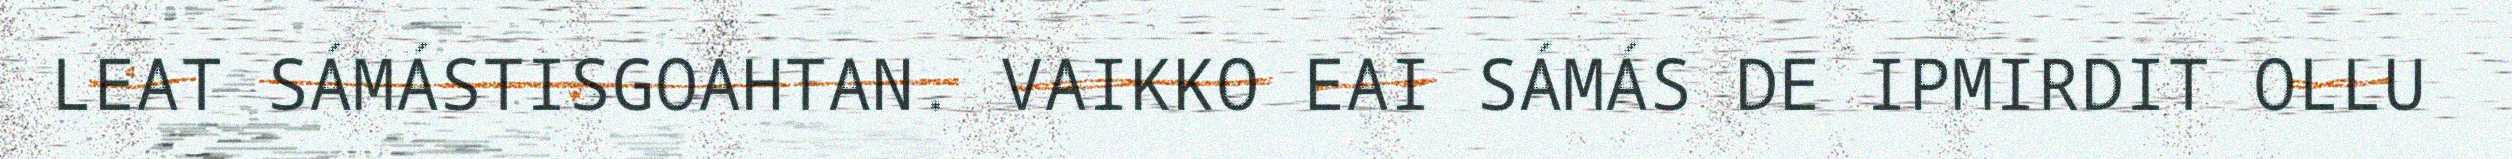
LEAT SÁMÁSTISGOAHTAN. VAIKKO EAI SÁMÁS DE IPMIRDIT OLLU